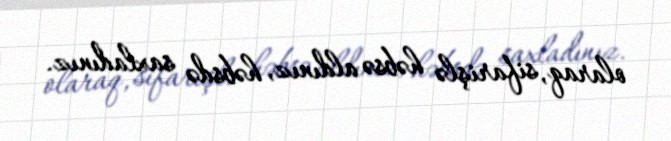
olaraq, sifarişlə həbsə aldınız, həbsdə saxladınız.